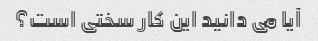
آیا می دانید این کار سختی است؟